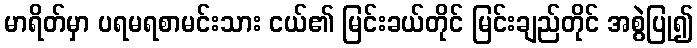
မာရိတ်မှာ ပရမရစာမင်းသား ငယ်၏ မြင်းခယ်တိုင် မြင်းချည်တိုင် အစွဲပြု၍